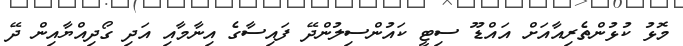
މޮޅު ކުޅުންތެރިއާއަށް އައްޑޫ ސިޓީ ކައުންސިލުންދޭ ފައިސާގެ އިނާމާއި އަދި ގޯދިއްޔާއިން ދޭ